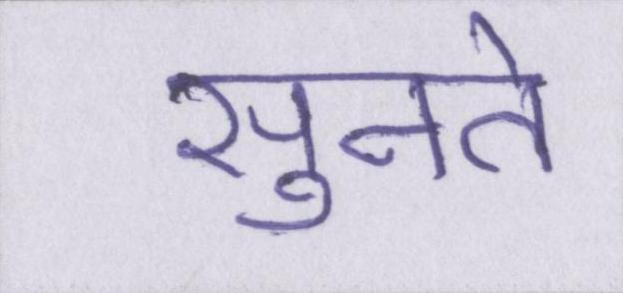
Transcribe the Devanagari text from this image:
सुनते